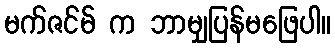
မက်ဇင်မ် က ဘာမျှပြန်မဖြေပါ။